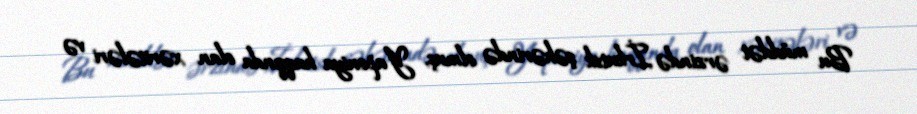
Bu müddət ərzində İrkutsk şəhərində olmuş, Yaponiya haqqında olan xəritələri və